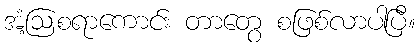
အံ့ဩစရာကောင်း တာတွေ စဖြစ်လာပါပြီ။